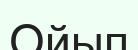
Ойып